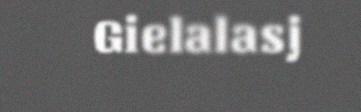
Gielalasj